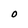
Character: O